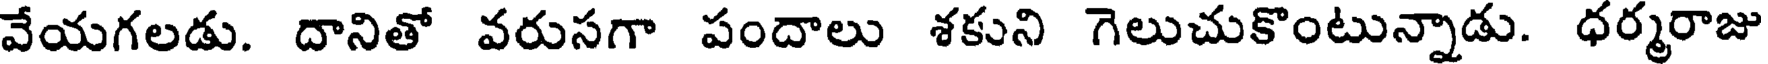
వేయగలడు. దానితో వరుసగా పందాలు శకుని గెలుచుకొంటున్నాడు. ధర్మరాజు